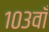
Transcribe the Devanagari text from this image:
१०३वाँ